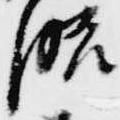
略